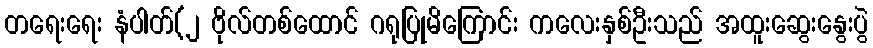
တရေးရေး နံပါတ်(၂ ဗိုလ်တစ်ထောင် ဂရုပြုမိကြောင်း ကလေးနှစ်ဦးသည် အထူးဆွေးနွေးပွဲ